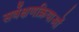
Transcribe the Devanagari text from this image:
सर्वेक्षणक्रियाओं